Bréfritari: Þuríður Hallgrímsdóttir
Viðtakandi: Sólveig Jónsdóttir
Dagsetning: A-1867-04-07
Skrifað á: Hólmum  S-Múl.
Sólveig var dóttir Þuríðar

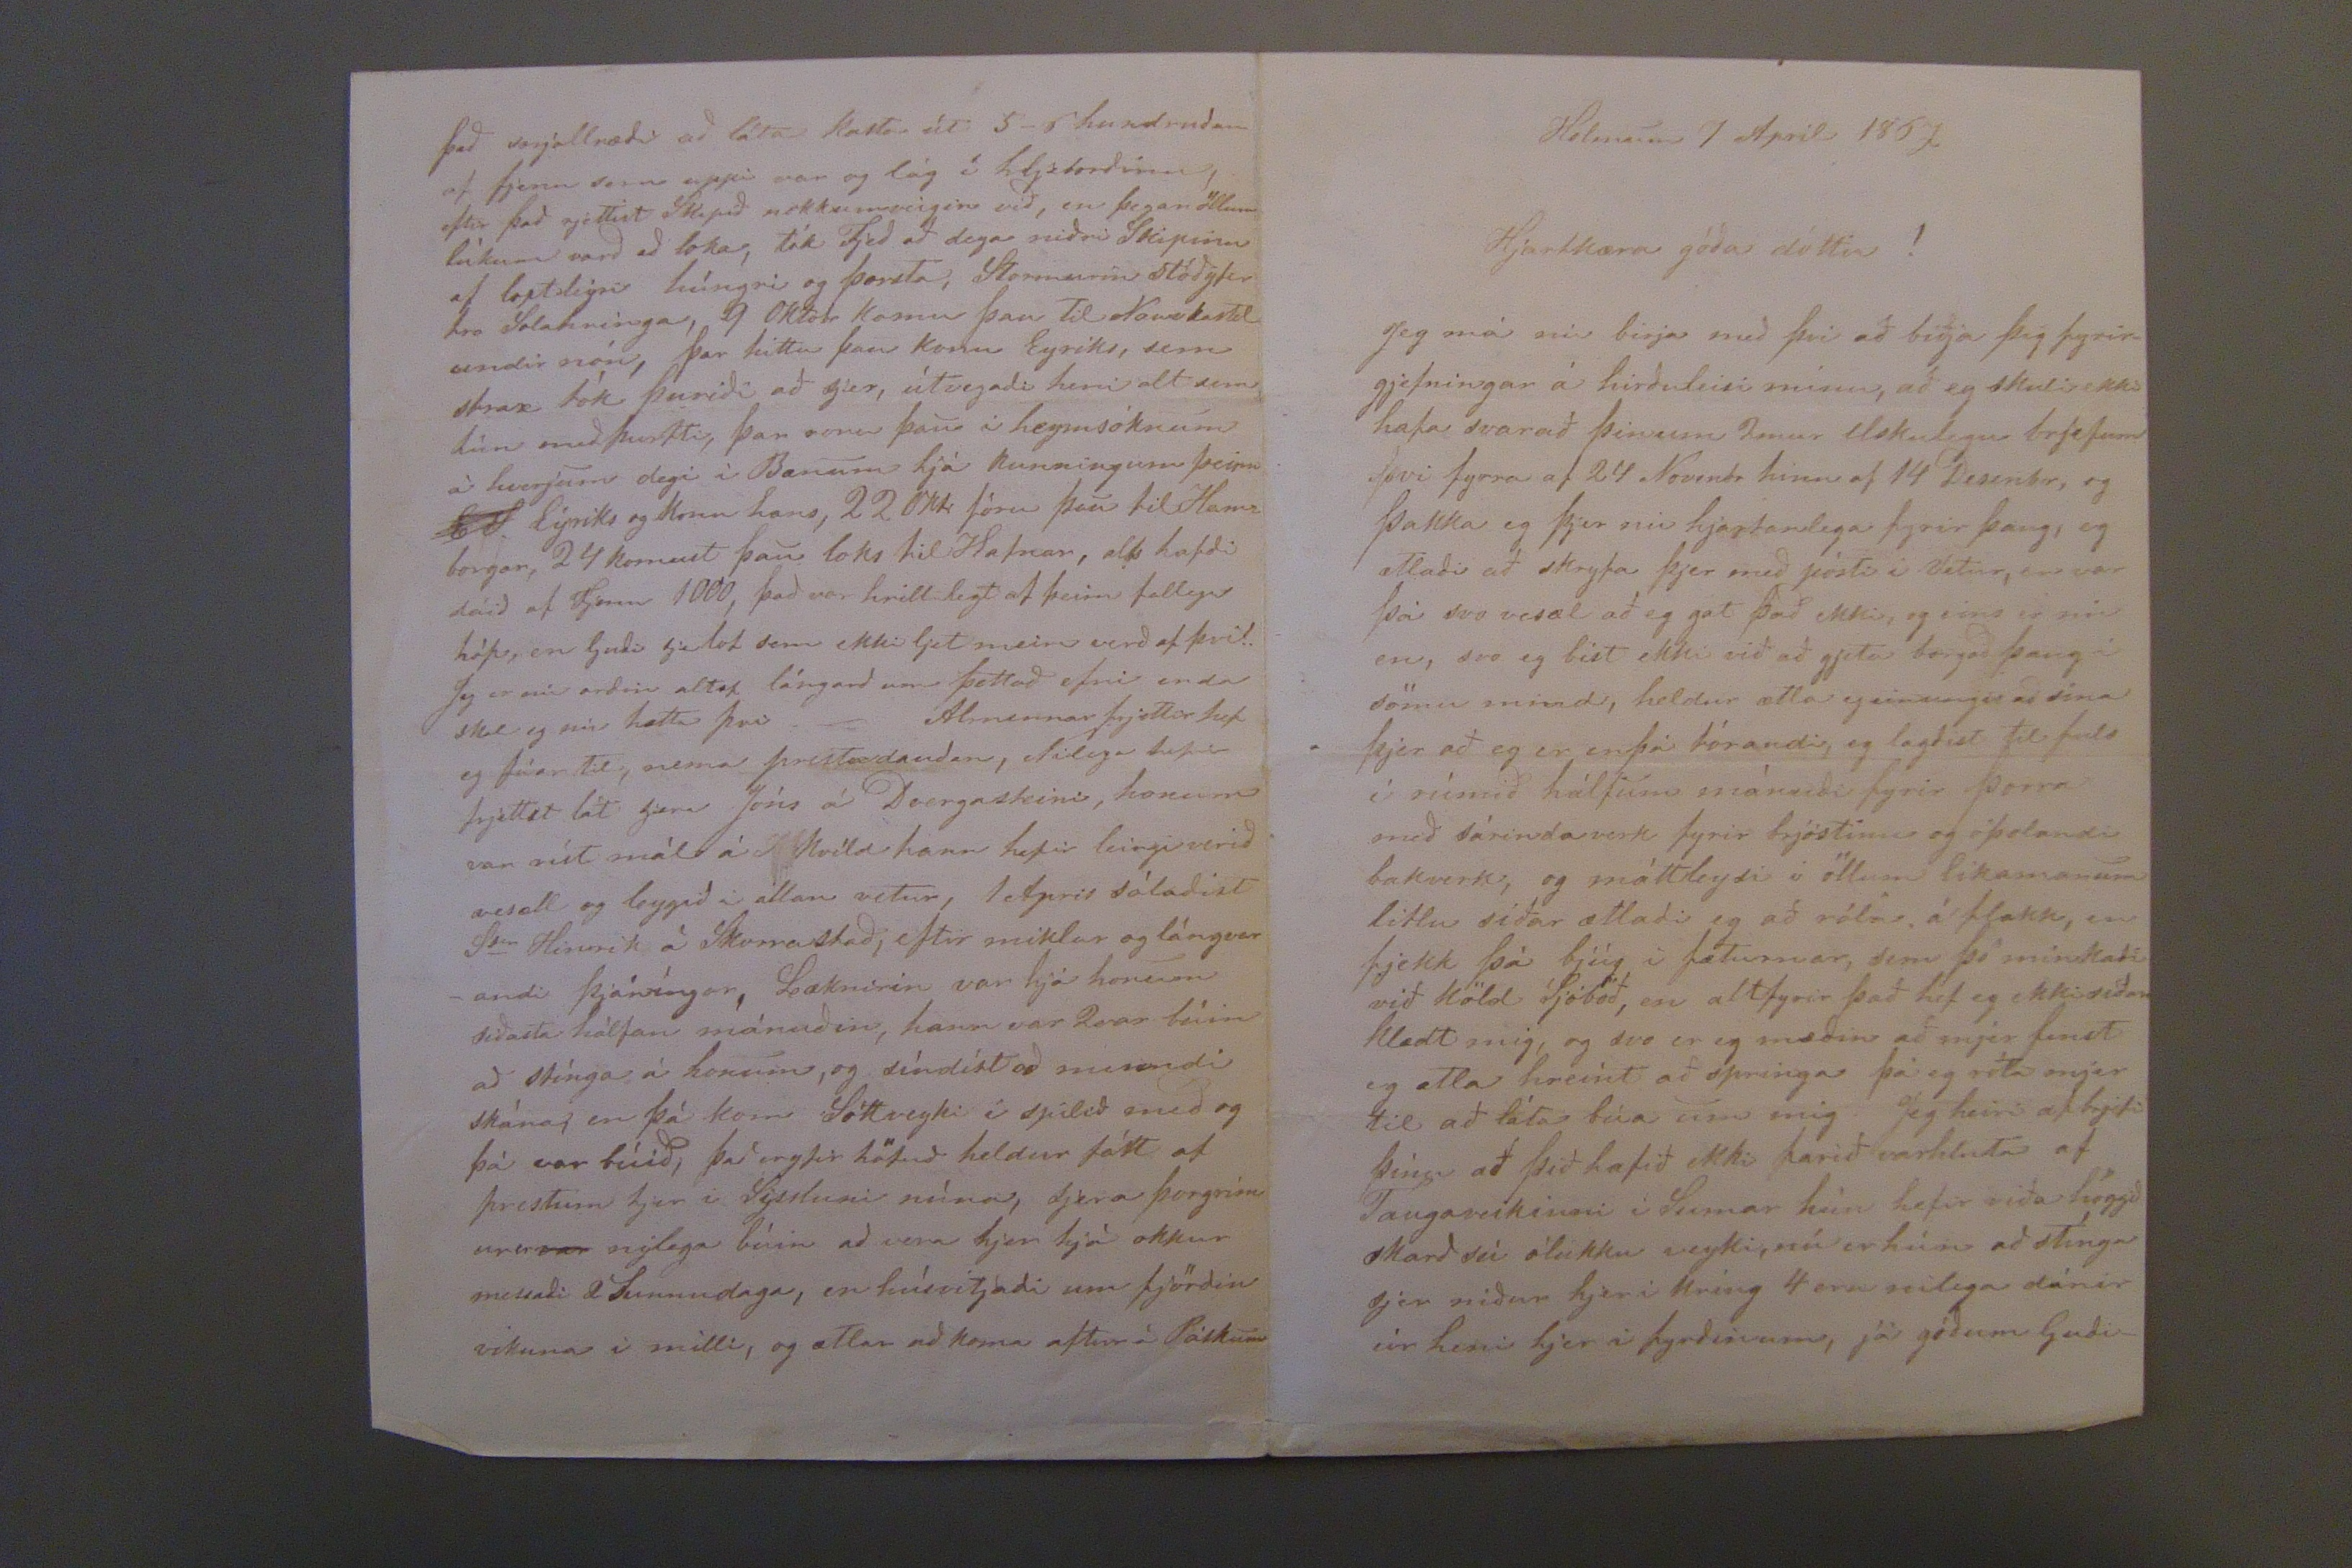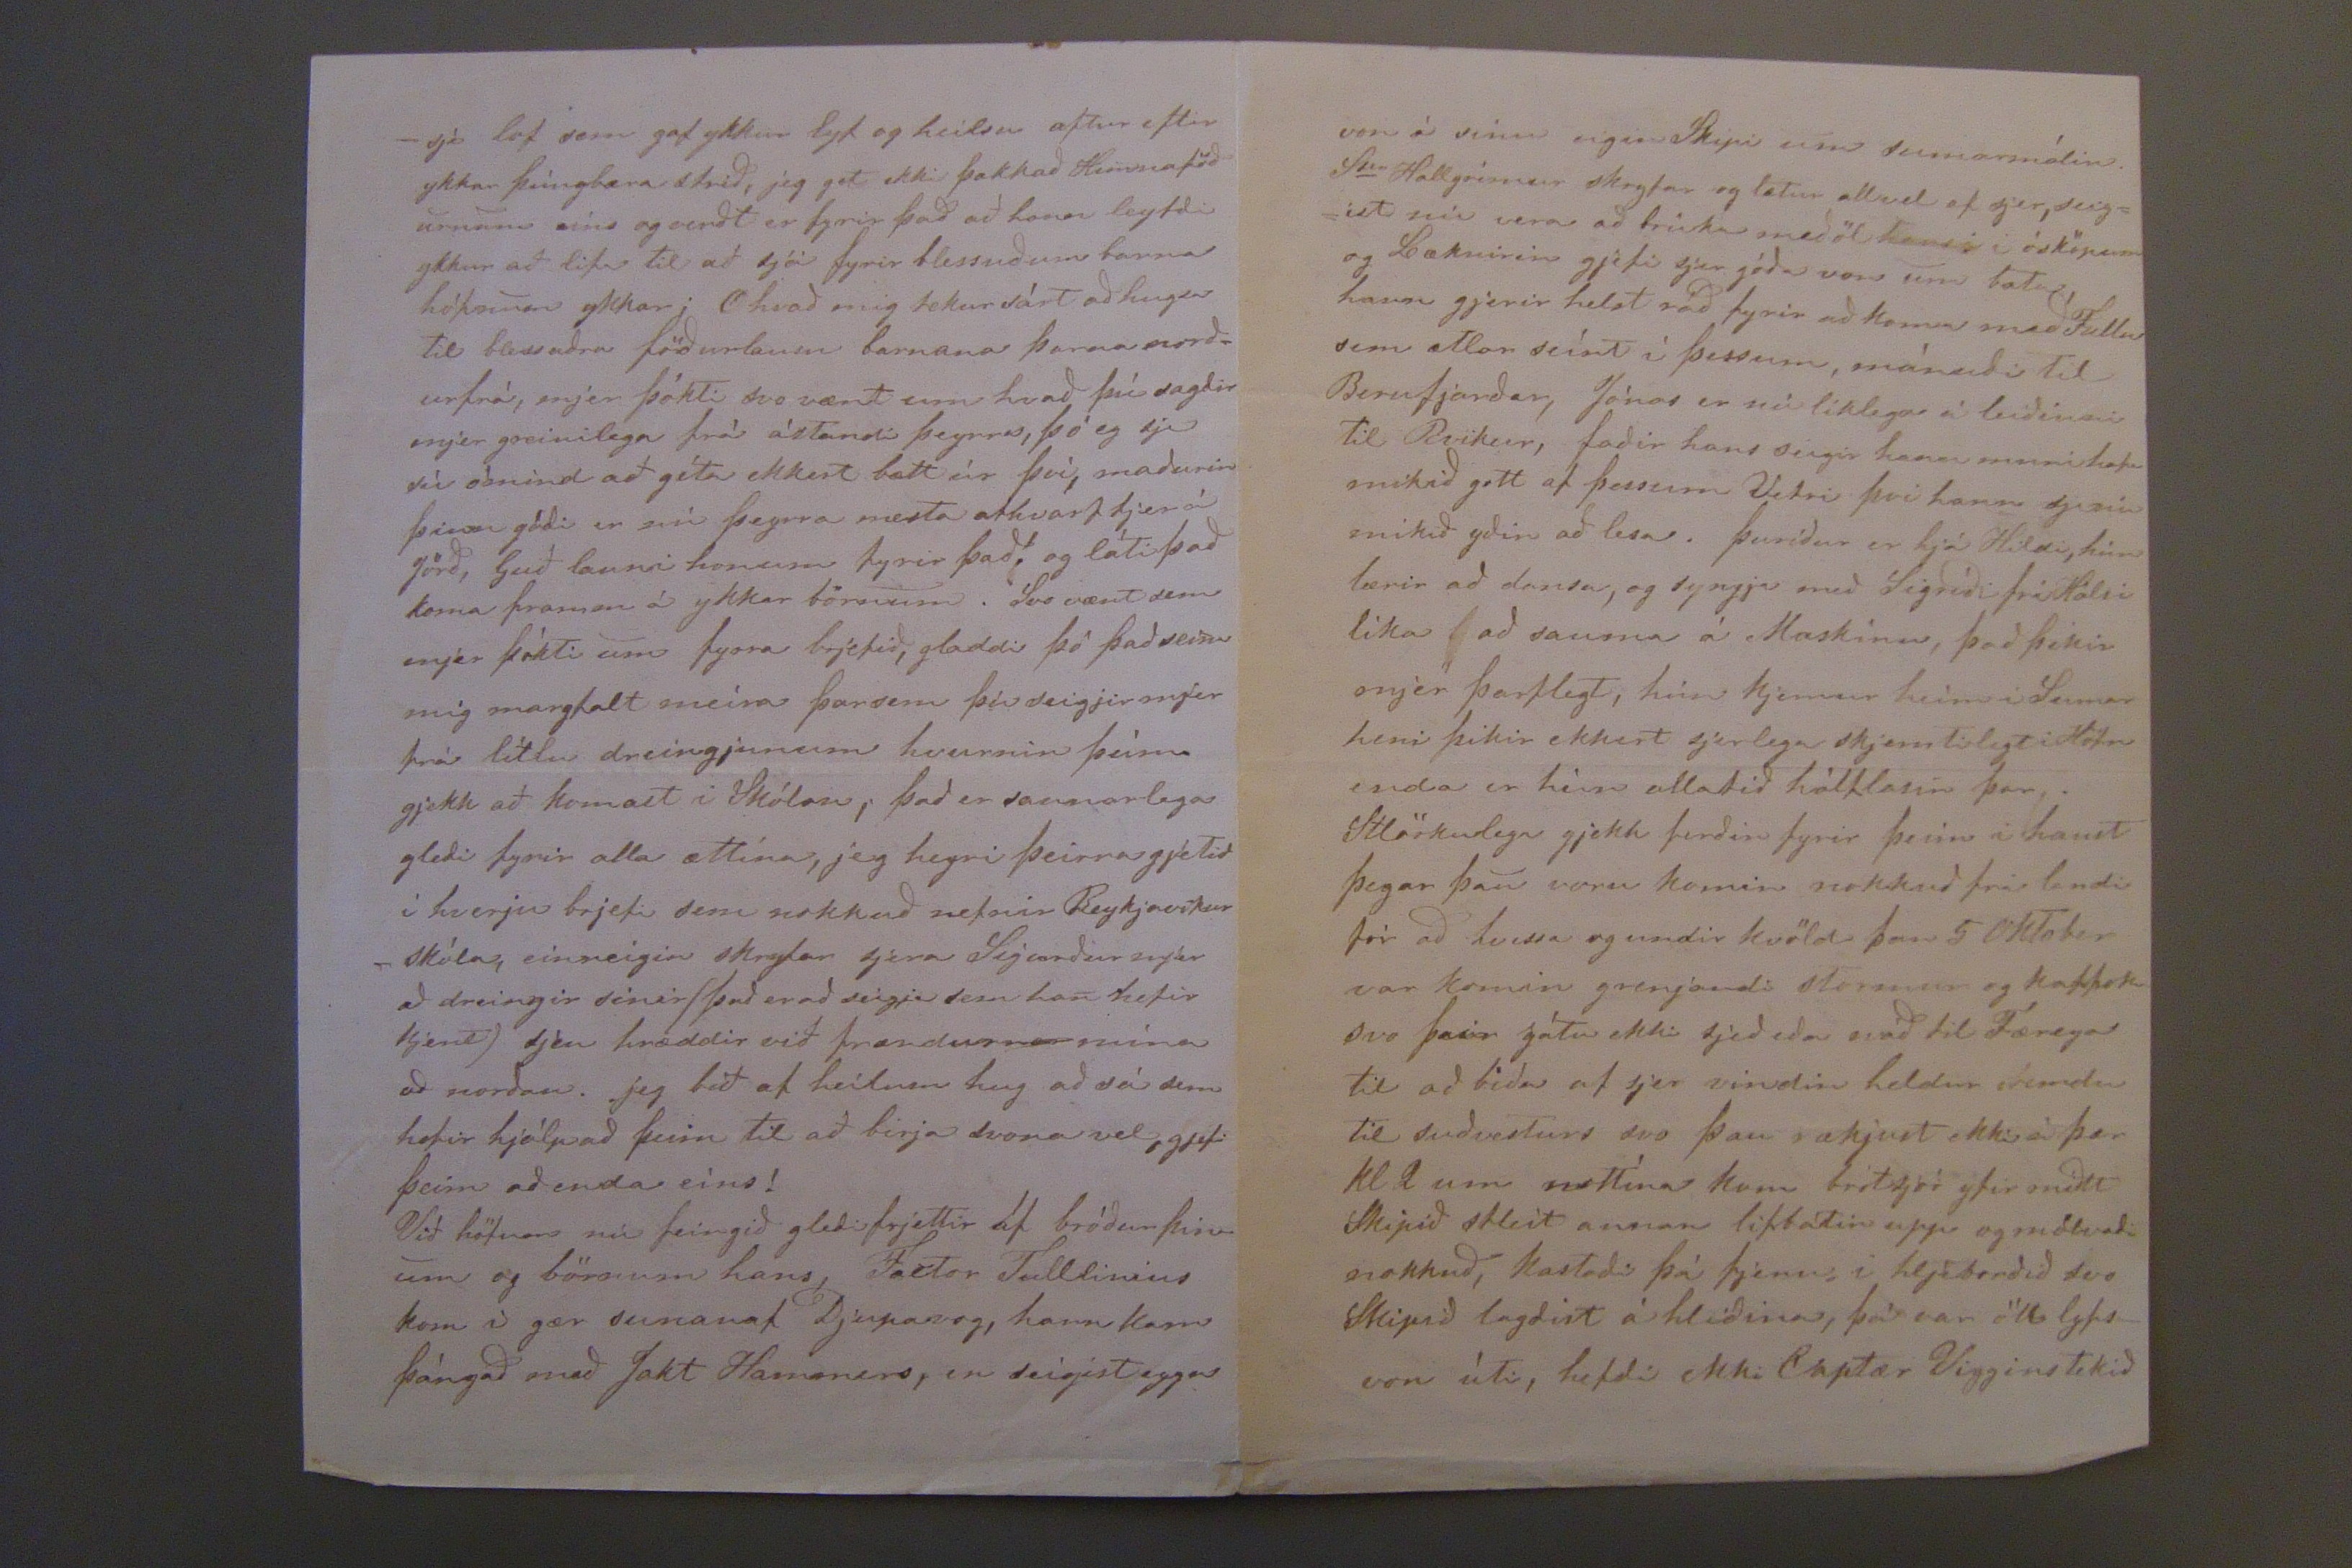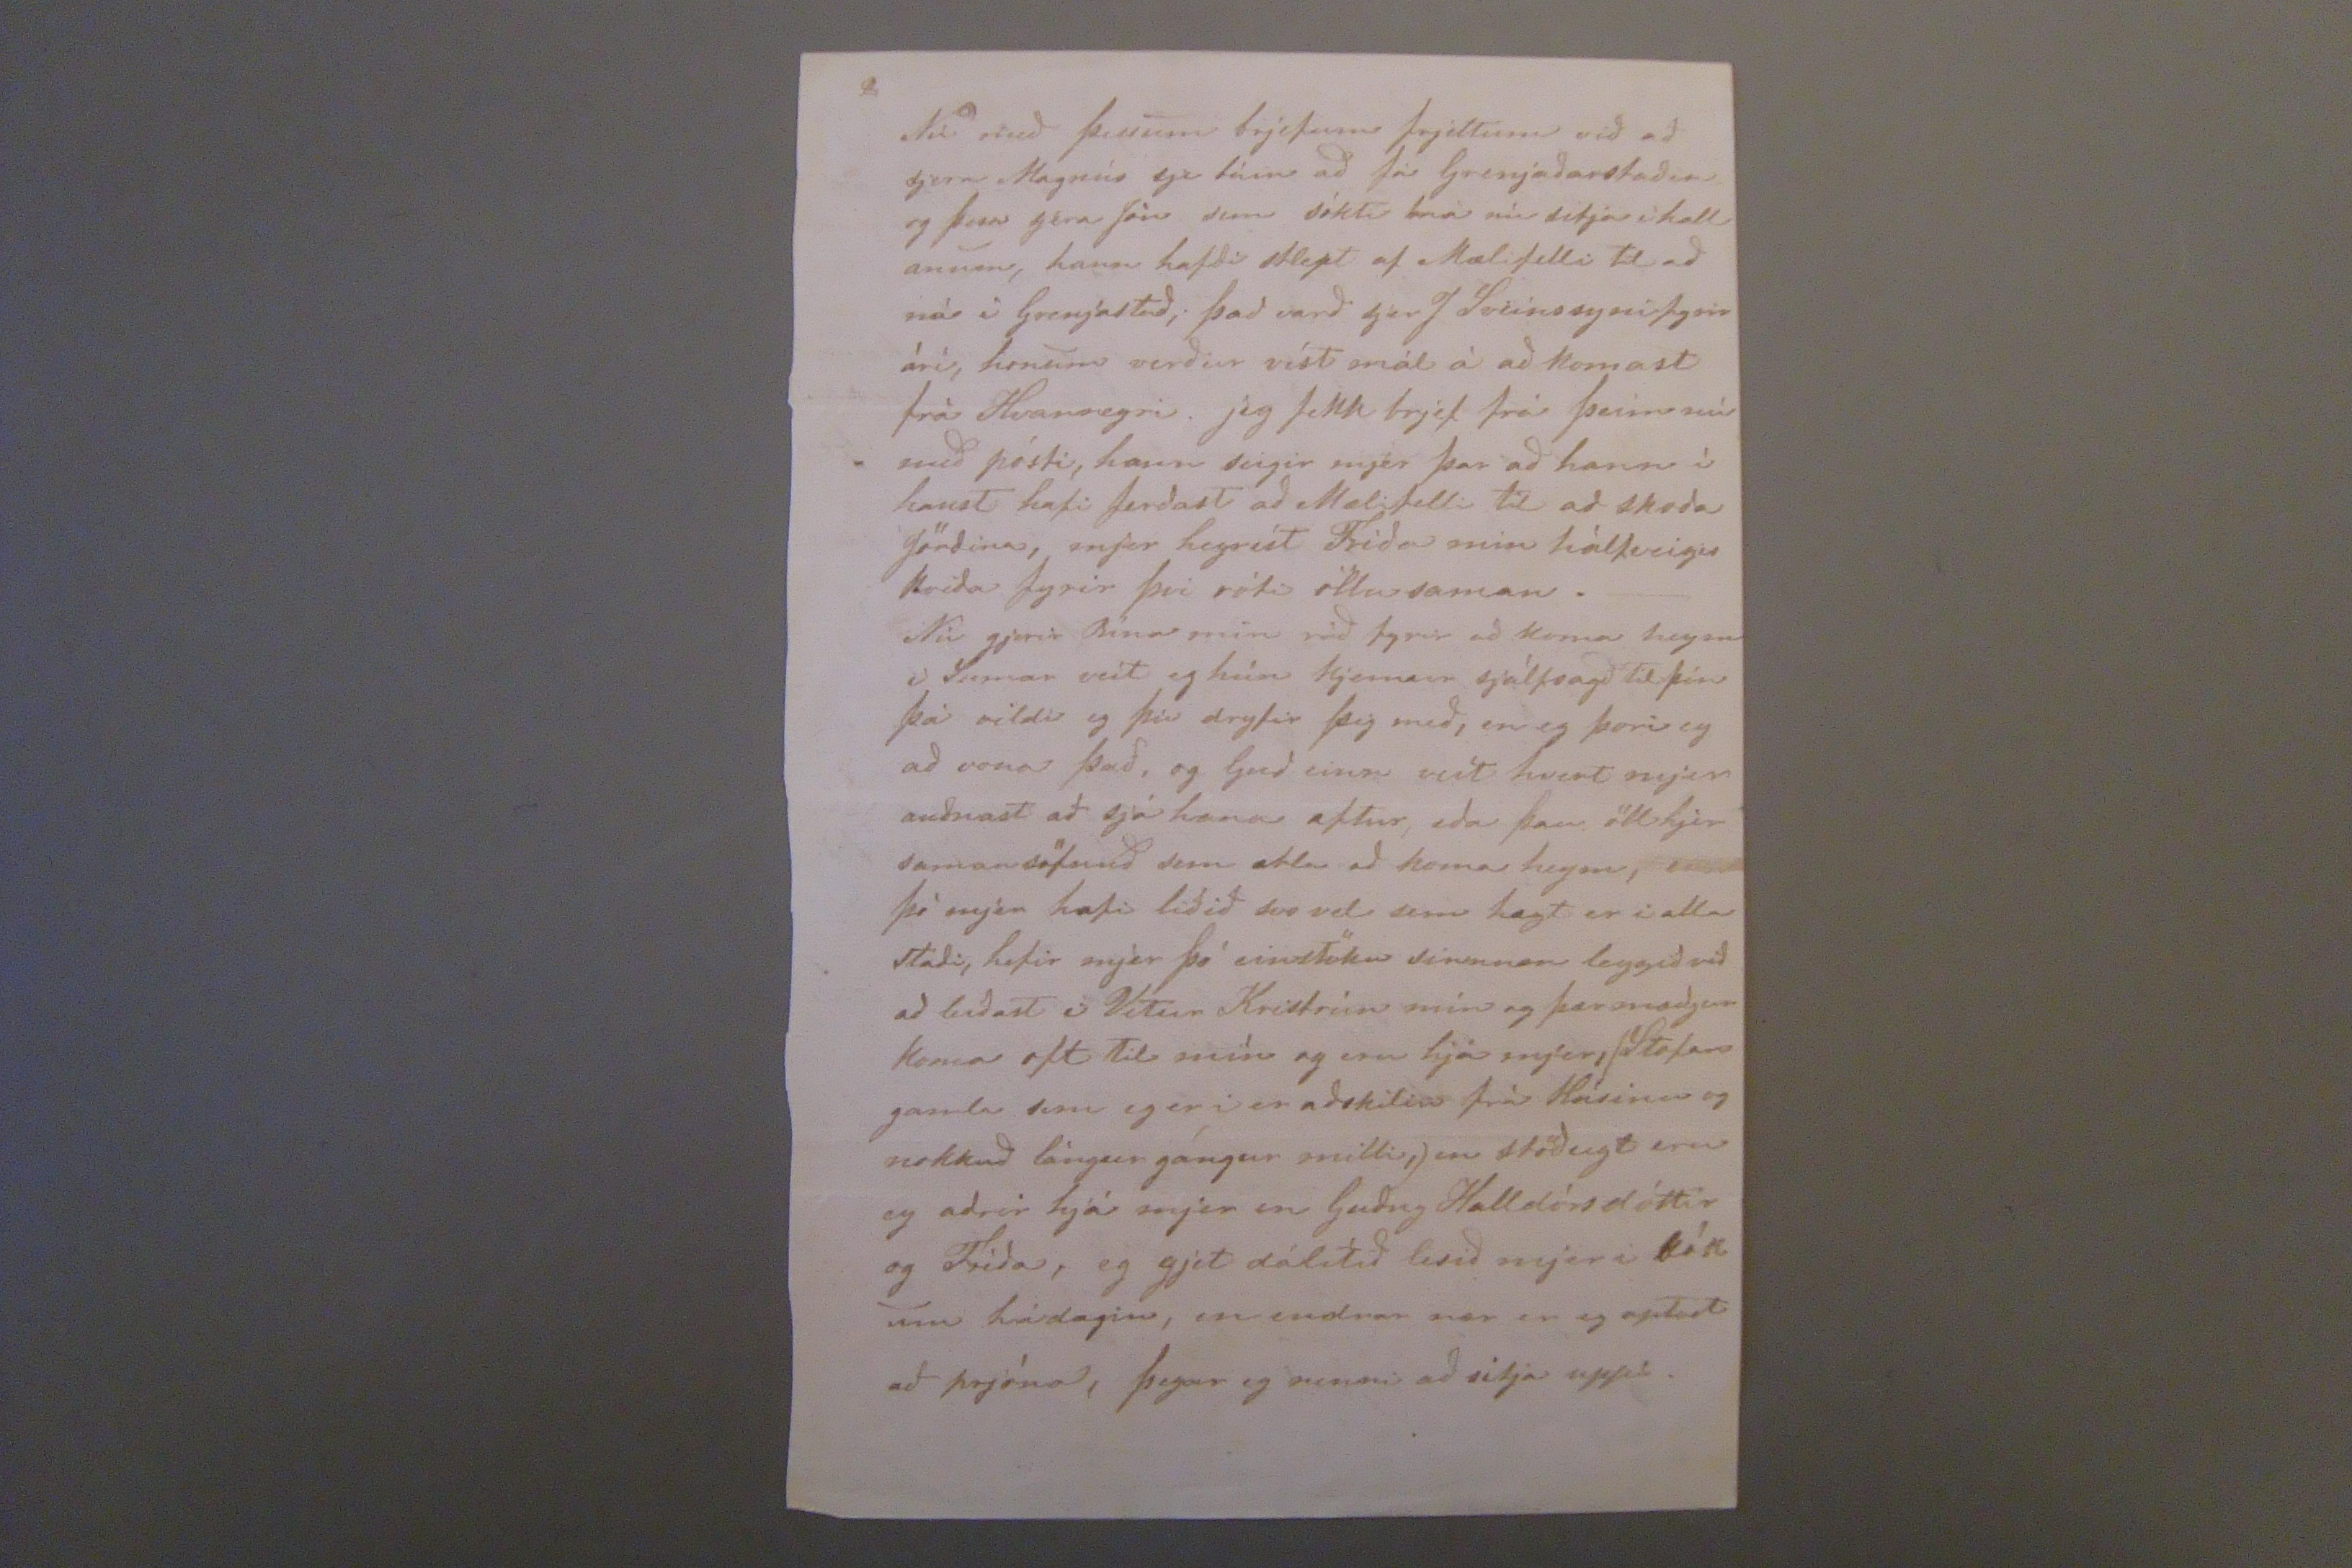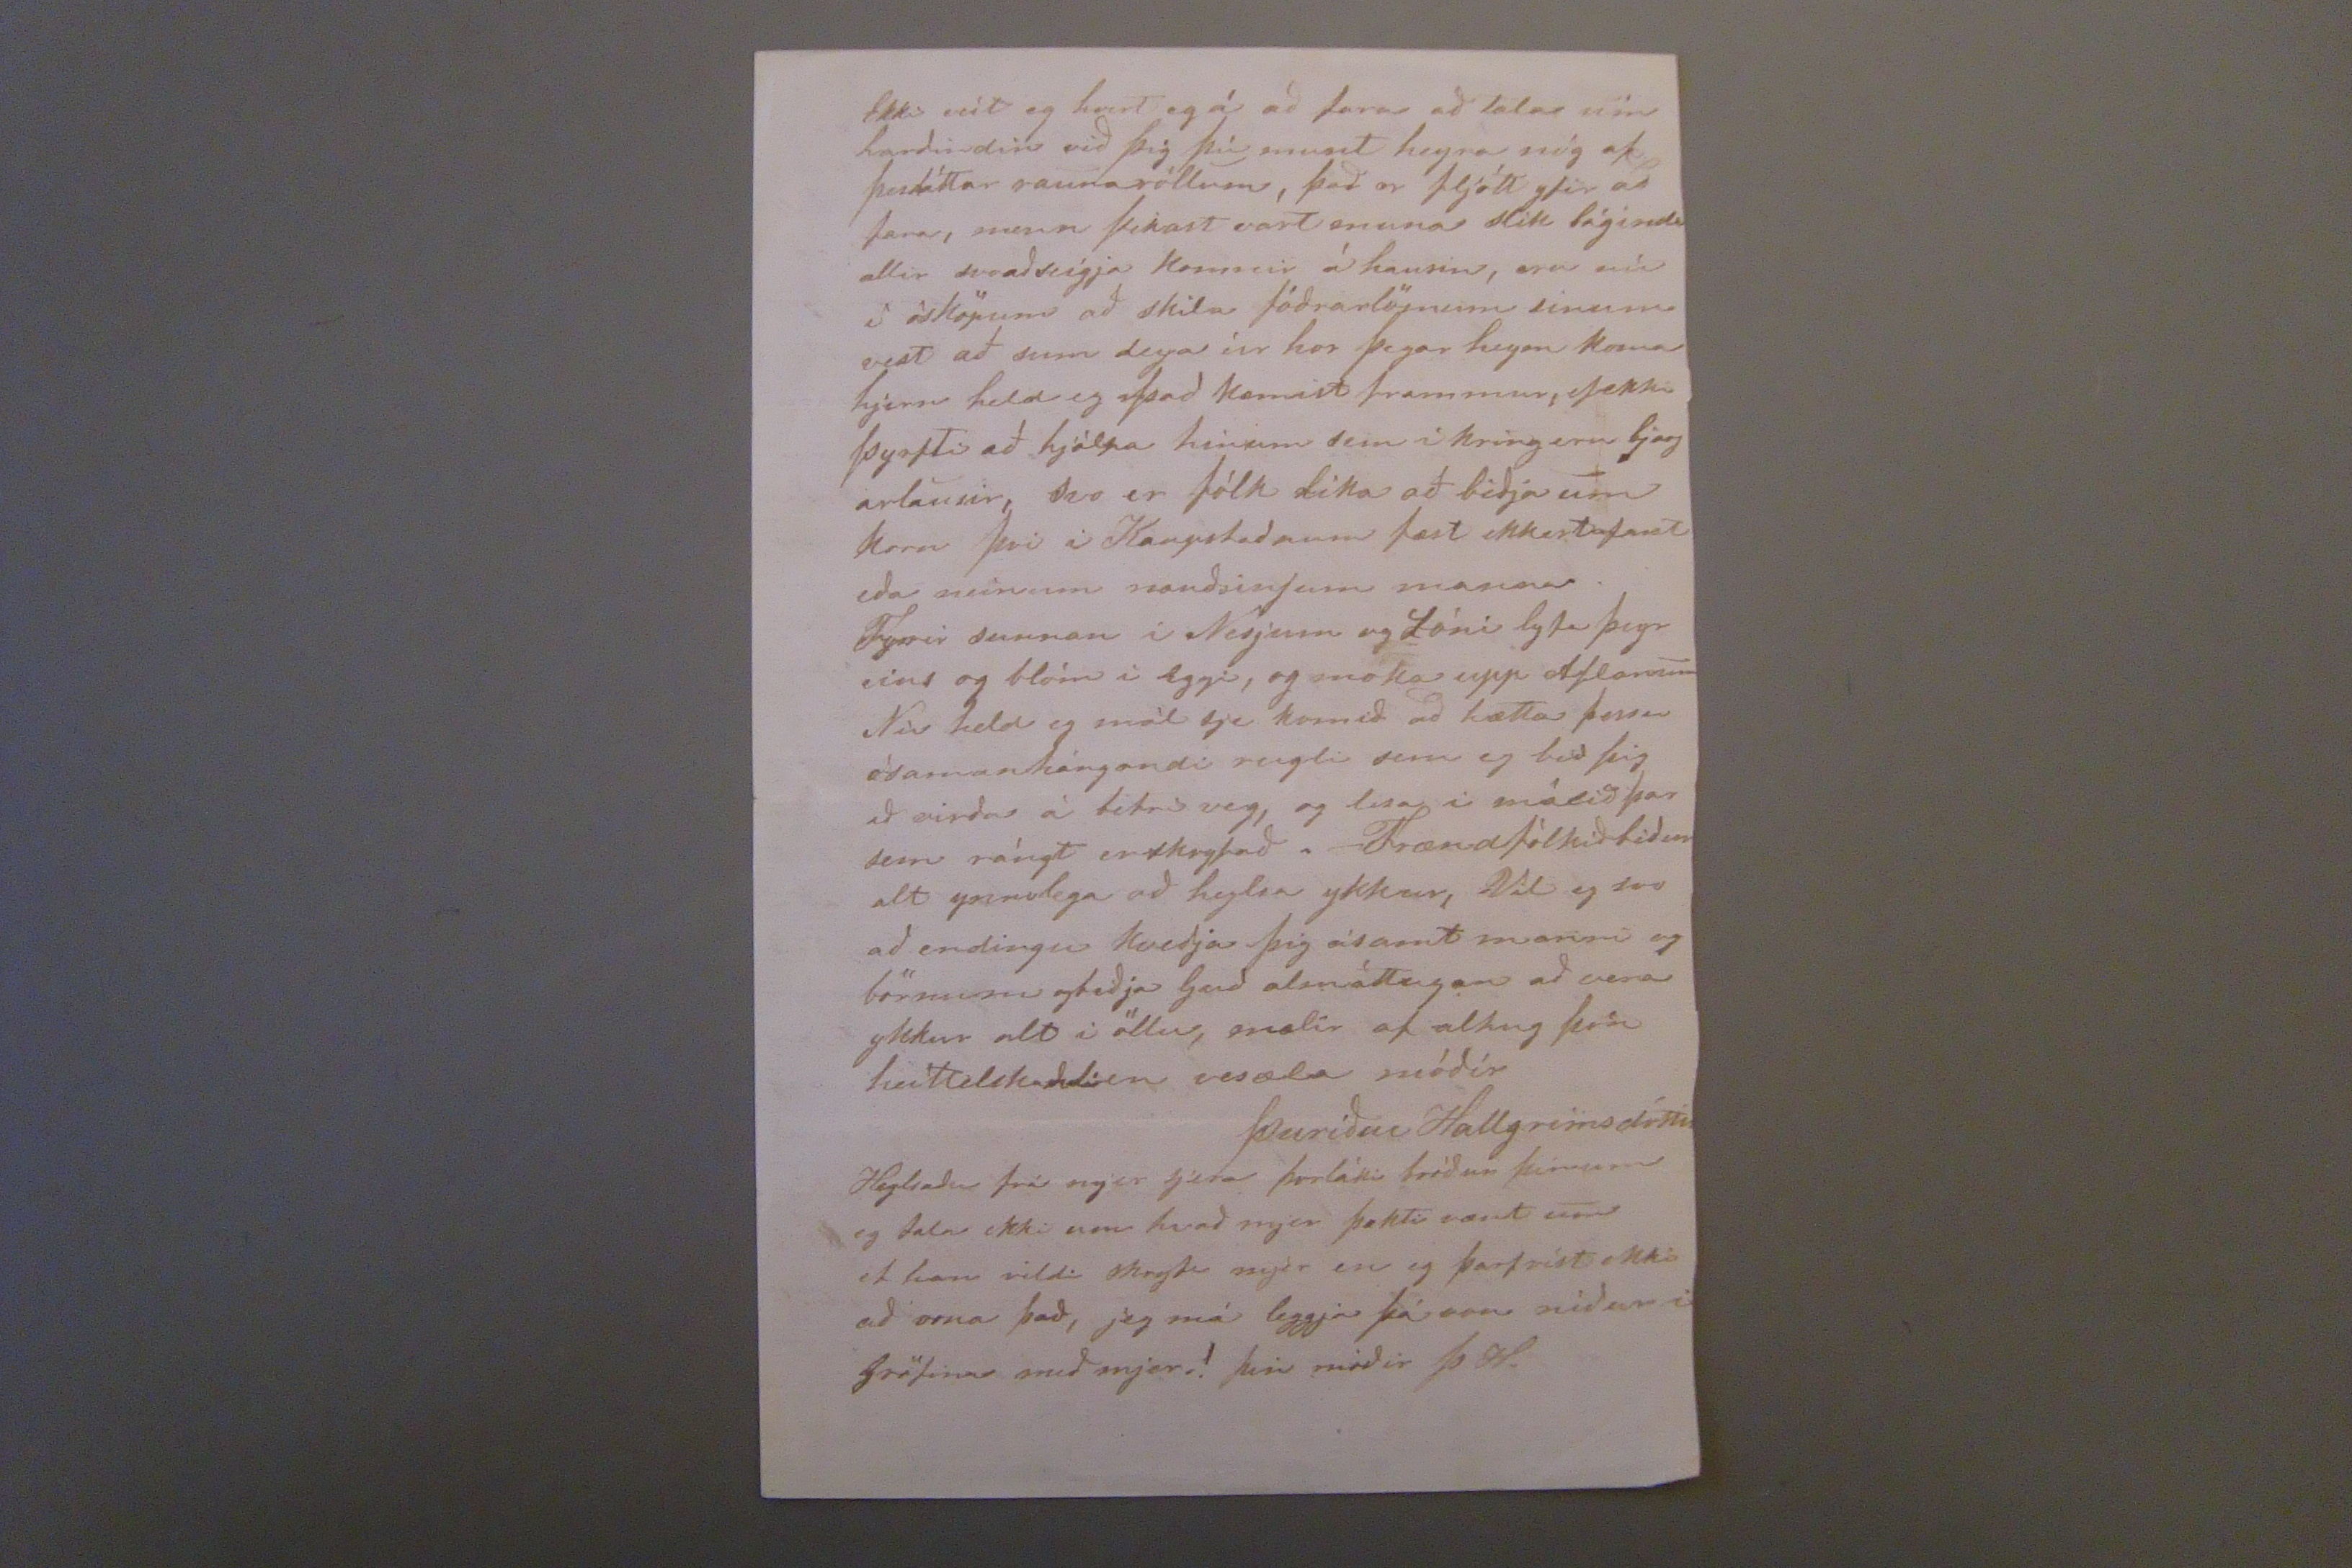

Hólmum 7 April 1867
Hjartkæra góda dóttir!
Jeg má nú birja med því að biðja þig fyrir- gjefningar á hirðuleisi mínu, að eg skuli ekki hafa svarað þinum 2mur elskulegu brjefum þvi fyrra af 24 Novenbr hinu af 14 Desember, og þakka eg þjer nú hjartanlega fyrir þaug, og ætladir að skryfa þjer með pósti i Vetur, en var þá svo vesæl að eg gat það ekki, og eins er nú en, svo eg bist ekki við að gjeta borgað þaug í sömu mind, heldur ætla eg einungis ad sína þjer að eg er enþá tórandi, og lagðist til fuls í rúmið hálfum mánuði fyrir Þorra með sárindaverk fyrir brjóstinu og óþolandi bakverk, og máttleysi í öllum líkamanum litlu síðar ætladi eg að ról
eg,
á flakk, en fjekk þá bjúg i fæturnar, sem þó minkadi við köld sjóböð, en altfyrir það hef eg ekki síðan klædt mig, og svo er eg mædin að mjer finst eg atla hreint að springa þá eg róta mjer til að láta búa um mig Jeg heiri af brjefi þínu að þið hafið ekki farið varhluta af Taugaveikinni í Sumar hún hefir víða höggid Vard sú ólukku veyki, nú er hún ad stínga sjer niður hjer í Hríng 4 eru nilega dánir úr heni hjer i fyrdinum, já gódum Gudi_
_ sjé lof sem gaf ykkur lyf og heilsu aftur eftir ykkar þúngbæra strið, jeg get ekki þakkað Himnaföð urnum eins og verdt er fyrir það að hann leyfdi ykkur að lifa til að sjá fyrir blessuðum barna
hóf00um
ykkar; Æ hvad mig tekur sárt að hugsa til blessadra födurlausu barnana þarna nord= urfrá, mjer þókti svo vænt um hvad þú sagdir mjer greinilega frá ástandi þeyrra, þó eg sje sú ómind að géta ekkert bætt úr því, madurin þinn gódi er nú þeyrra mesta athvarf hjer á jörð, Guð launi honum fyrir það! og láti þad koma framan á ykkar börnum. Svo vænt sem mjer þókti um fyrra brjefið, gladdi þó þad seina mig margfalt meira þar sem þú seigjir mjer frá litlu dreingjunum hvurnin þeím gjekk að komast i Skólan; þad er sannarlega gledi fyrir alla ættina, jeg heyri þeirra gjétið i hverju brjefi sem nokkud nefnir Reykjavíkur _Skóla, einveigin skryfar sjéra Sigurður mjer ad dreingir sínir (þad er ad seigja sem han hefir kjent) sjéu hræddir við frændurna mína ad nordan. jeg bið af heilum hug að sjá sem hefir hjálpad þeim til að birja svona vel, gjefi þeim að enda eins! Við höfum nú feingið gledifrjettir af bródur þin um og börnum hans, Factor Tulllinius kom i gær sunanaf Djupavog, hann kom þángað með fakt Ham
onens,
en seigist eyga
von á vinu
eigin
Skipi um sumarmálin. S
era
Hallgrímur skryfar og lætur allvel af sjer, seig= =ist nú vera ad brúka medöl
0000 i
ósköpum og Læknirin gjefi sjer góda von um bata hann gjerir helst rád fyrir ad koma med Fullu sem ætlar seínt í þessum, mánudi til Berufjardar, Jónas er nú líklega á leidinni Til Rvikur, fadir hans seigir hann muni hafa mikid gott af þessum Vetri þvi hann
sjenú
mikid ydin ad lesa. Þurídur er hjá Hildi, hún lærir ad dansa, og syngja med Sigrídi frá Hálsi líka ad sauma á Maskínu, þad þikir mjer þarflegt, hún kjemur heím i Sumar heni þikir ekkert sjerlega skjemtilegt i Höfn enda er hún allatíd hálflasin þar.
st0örkulega
gjekk ferdin fyrir þeim i haust þegar þau voru komin nokkud frá landi fór ad hvessa og undir kvöld þan 5 Oktober var komin grenjandi stormur og kafþok svo þeir gátu ekki sjed eda nad til Færeya til ad bida af sjer vindin heldur stemdu til sudvesturs svo þau rækjust ekki ad þar kl 2 um nottína kom brotsjór yfir mitt Skipid sleit annan lifbátin upp og mölvadi nokkud, kastadi þá fjenu i hljebordid svo Skipid lagdist á hlidina, þá var öll lyfs_ von úti, hefdi ekki Captær Viggins tekid
það snjallrædi ad láta kalla út 5-6 hundrudum af fjenu sem uppi var og lág í hljébordinu eftir þad rjettist Skipid nokkurnveigin við, en þegar öllum lúkum varð að loka, tók Fjed að daga niðri Skipinu af loptleýsi leíngri húngri og þorsta, Stormurin stód ýfir tvo Solahringa, 9 Oktobr komu þau til
00000
undir nón, þar hittu þau konu Eyriks, sem strax tók þurídi að sjer, útvegadi heni alt sem hún med þurfti, þar voru þau i heymsóknum a hverjum degi i Bænum hjá kunningum þeim
E S.
Eýriks og konu hans, 22 Oktb fóru þau til Ham borgar, 24 komust þau loks til Hafnar, als hafdi dáid af Fjenu 1000, þad var hrillilegt af þeim fallegs
hófs
, en Guds
fjelst sem
ekki ljet meins verd af þvi. Jeg er nú ordin altof lángord um þettad efni enda skal eg nú hætta þvi Almennar frjettir hef eg fáar til, nema prestadaudan, Nilega hefir frjettst lát sera Jóns á Dvergasteini, honum var víst mál á
hvíld
hann hefir leingi verid vesæll og leygid i allan vetur, 1 April sáladist S
jer
Hinrik á Skorrastað, eftir miklar og lángvar _andi þjáníngar, Læknirin var hjá honum sídasta hálfan mánudin, hann var 2var búin ad stínga á honum, og síndíst ad mundi skána, en þá kom Sóttveyki í
spilið
með og þá var búið, þad er yfir höfuð heldur fátt af prestum hjer i Syssluni núna, sjera þorgrím ur er
var
nýlega búin ad vera hjer hjá okkur messaði 2 Sunnudaga, en húsvitjadi um fjördin vikuna i milli, og ætlar ad koma aftur á Páskum
nú með þessum brjefum frjettum við að sjera Magnús sje búin að fá Grenjaðarstaðin og þar séra Jón sem sókti frá nú sitja i kall anum, hann hafdi stlept af Mælifelli til að ná i Grenjastað; það varð hjer J Sveinssyni fyrir ári, honum verður víst mál á að komast frá Hvanneyri, jeg fekk brjef frá þeim nú með pósti, hann seigir mjér þar að hann í haust hafi ferðast að Mælifelli til að skoða Jördina, mjer heyrist Fríða min hálfveigis kvída fyrir þvi róti öllu saman. Nú gjerir Bína min við fyrir að koma heym i Sumar veit eg hún kjemur sjálf
sagd
til þín þá vili eg þú dryfir þig með, en eg þori ey að vona það, og Guð einn veít hvert mjer audnast að sjá hana aftur, eda þau öll hjer samansöfnuð sem ætla ad koma heym, þó mjer hafi liðið svo vel sem hægt er i alla stadi, hefir mjer þó einstöku sinnum leygið við ad leidast i Vetur Kristrún mín og þar mædgur koma oft til mín og um hjá mjer, (Stofan gamla sem eg er i er adskilin frá Húsinu og nokkud lángur gángur milli,) en stödugt eru ey adrir hjá mjer en Gudny Halldórsdóttir og Fríða, eg gjet dálítið lesið mjer i bón um hádagin, en endra nær er eg optast að prjóna, þegar eg nenni ad sitja uppi.
Ekki veit eg hvort eg á ad fara að tala um hardindin við þig þú munt heyra nóg af þessháttar rauna
röllum
, það er fljótt yfir ad fara, menn þikast vart muna slik bágindi allir svo að seígja komnir á hausin, eru nú í ósköpum að skila fódrarlö
m
um sinum vist að sum deya úr hor þegar heym koma hjern held eg þad komist frammur, ef ekki þyrfti að hjálpa hinum sem í kring eru bjarg arlausir, svo er fólk lika að bidja um korn þvi i Kaupstadnum fæst ekkert af mat eda neinum naudsinjum manna fyrir sunnan i Nesjum og Lóni lyfa þeyr eins og blóm i
Eggi
, og maka upp Aflanum Nú held eg mál sje komid að hætta þessu ósamanhángandi rugli sem eg bid þig að virda á betri veg, og lesa í málið þar sem rángt er skryfað. _ Frændfókið bidur alt ynnilega að heylsa ykkur, Vil eg svo að endingu kvedja þig ásamt manni og börnum og bidja Gud almáttugan að vera ykkur alt i öllu, mælir af alhug þín heittelskandi en vesæla módir
Þurídur Hallgrimsdóttir
Heylsadu frá mjer sjera þorláki bródur þinum eg tala ekki um hvað mjer þokti vænt um ef hann vildi skryfa mjér en eg þarf víst ekki að orna það, jeg má leggja þá
von
nidur i Gröfina með mjer.! þin módir Þ H.